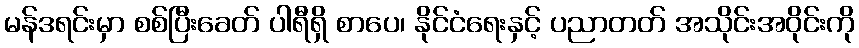
မန်ဒရင်းမှာ စစ်ပြီးခေတ် ပါရီရှိ စာပေ၊ နိုင်ငံရေးနှင့် ပညာတတ် အသိုင်းအဝိုင်းကို